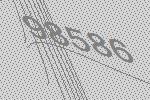
98586